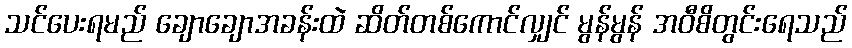
သင်ပေးရမည် ချောချောအခန်းထဲ ဆိတ်တစ်ကောင်လျှင် မွန်မွန် အဝီစိတွင်းရေသည်